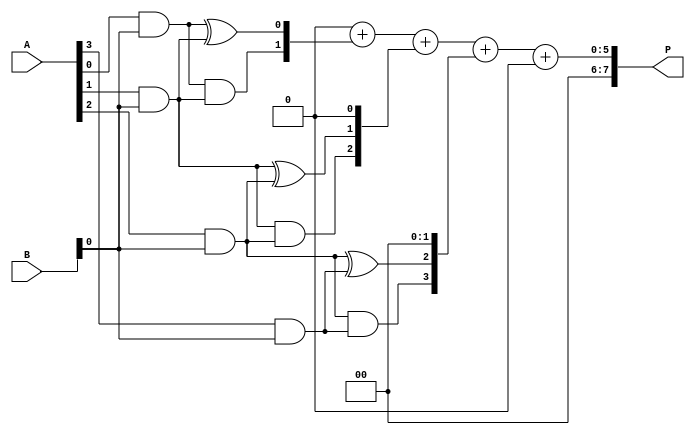
module async_wallace_tree_multiplier #(parameter N = 4) (
    input [N-1:0] A,
    input [N-1:0] B,
    output reg [2*N-1:0] P
);

    // Partial product generation
    wire [N-1:0] pp [0:N-1]; // Partial products
    genvar i, j;
    generate
        for (i = 0; i < N; i = i + 1) begin : gen_partial_products
            for (j = 0; j < N; j = j + 1) begin : gen_pp
                assign pp[i][j] = A[i] & B[j];
            end
        end
    endgenerate

    // Wallace tree reduction
    wire [N-1:0] sum [0:N-1]; // Sums from adders
    wire [N-1:0] carry [0:N-1]; // Carries from adders

    // Half adder and full adder definitions
    function [1:0] half_adder(input a, input b);
        half_adder = {a & b, a ^ b};
    endfunction

    function [1:0] full_adder(input a, input b, input c);
        full_adder = {(a & b) | (b & c) | (a & c), a ^ b ^ c};
    endfunction

    // Asynchronous Wallace tree reduction
    integer stage;
    always @* begin
        // Initialize sums and carries
        for (stage = 0; stage < N; stage = stage + 1) begin
            sum[stage] = 0;
            carry[stage] = 0;
        end

        // First stage: Combine partial products
        for (stage = 0; stage < N; stage = stage + 1) begin
            if (stage < N-1) begin
                {carry[stage], sum[stage]} = half_adder(pp[stage][0], pp[stage+1][0]);
            end
            if (stage < N-2) begin
                {carry[stage+1], sum[stage+1]} = full_adder(pp[stage][1], pp[stage+1][1], carry[stage]);
            end
        end
    end

    // Final addition stage
    always @* begin
        P = 0; // Initialize product
        for (stage = 0; stage < N; stage = stage + 1) begin
            P = P + (sum[stage] << stage);
        end
    end

endmodule